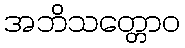
အဘိသတ္တောဝ